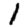
Digit: 1